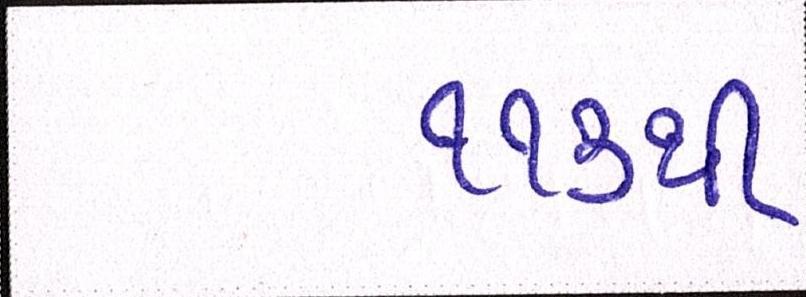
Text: ૧૧૩થી